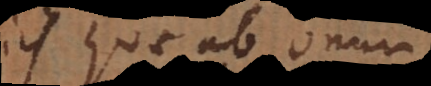
iis quae ab omni